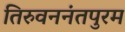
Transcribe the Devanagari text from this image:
तिरुवननंतपुरम